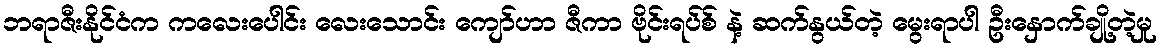
ဘရာဇီးနိုင်ငံက ကလေးပေါင်း လေးသောင်း ကျော်ဟာ ဇီကာ ဗိုင်းရပ်စ် နဲ့ ဆက်နွယ်တဲ့ မွေးရာပါ ဦးနှောက်ချို့တဲ့မှု